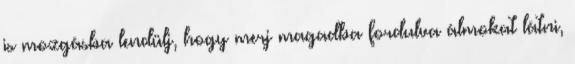
is mozgásba lendülj, hogy merj magadba fordulva álmokat látni,